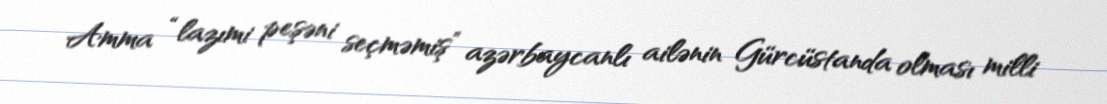
Amma “lazımi peşəni seçməmiş” azərbaycanlı ailənin Gürcüstanda olması milli